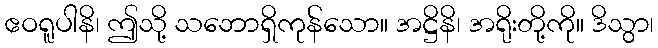
ဧဝရူပါနိ၊ ဤသို့ သဘောရှိကုန်သော။ အဋ္ဌိနိ၊ အရိုးတို့ကို။ ဒိသွာ၊